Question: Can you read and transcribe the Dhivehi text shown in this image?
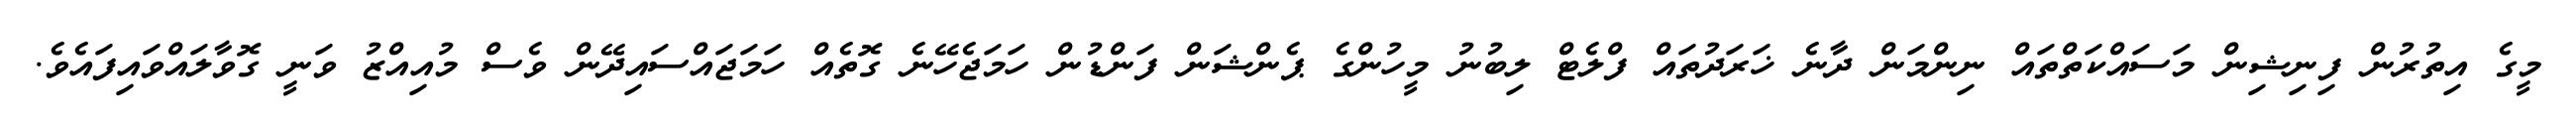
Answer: މީގެ އިތުރުން ފިނިޝިން މަސައްކަތްތައް ނިންމަން ދާނެ ޚަރަދުތައް ފްލެޓް ލިބުނު މީހުންގެ ޕެންޝަން ފަންޑުން ހަމަޖެހޭނެ ގޮތެއް ހަމަޖައްސައިދޭން ވެސް މުއިއްޒު ވަނީ ގޮވާލައްވައިފައެވެ.